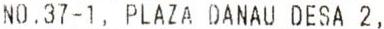
NO.37-1, PLAZA DANAU DESA 2,